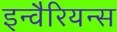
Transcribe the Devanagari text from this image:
इन्वैरियन्स